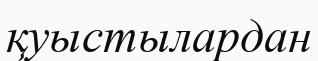
қуыстылардан